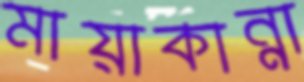
মায়াকান্না